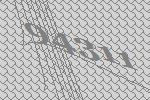
94311